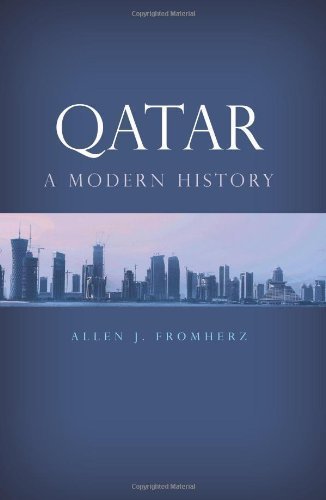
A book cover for Qatar: A Modern History unknown Edition by Fromherz, Allen J. (2012); History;